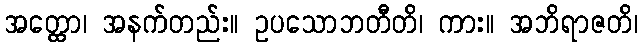
အတ္ထော၊ အနက်တည်း။ ဥပသောဘတီတိ၊ ကား။ အဘိရာဇတိ၊